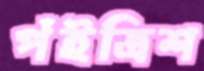
পঁইত্রিশ